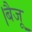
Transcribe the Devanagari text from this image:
।बैजू